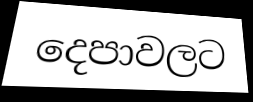
දෙපාවලට